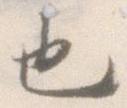
也